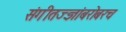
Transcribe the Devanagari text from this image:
संगीतज्ज्ञांबरोबरच